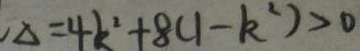
, \Delta = 4 k ^ { 2 } + 8 ( 1 - k ^ { 2 } ) > 0